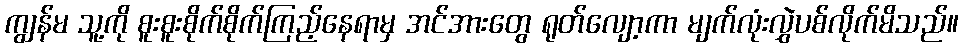
ကျွန်မ သူ့ကို စူးစူးစိုက်စိုက်ကြည့်နေရာမှ အင်အားတွေ ရုတ်လျော့ကာ မျက်လုံးလွှဲပစ်လိုက်မိသည်။